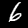
Label: 6